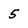
Character: 5